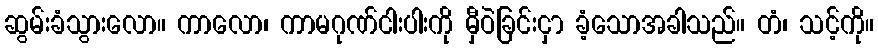
ဆွမ်းခံသွားလော။ ကာလော၊ ကာမဂုဏ်ငါးပါးကို မှီဝဲခြင်းငှာ ခံ့သောအခါသည်။ တံ၊ သင့်ကို။